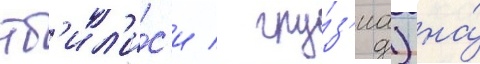
тб'ил'и́с'и / гру́з'иа) на́